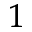
^ 1